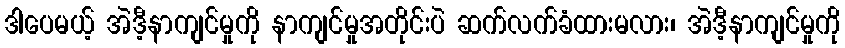
ဒါပေမယ့် အဲဒီ့နာကျင်မှုကို နာကျင်မှုအတိုင်းပဲ ဆက်လက်ခံထားမလား၊ အဲဒီ့နာကျင်မှုကို